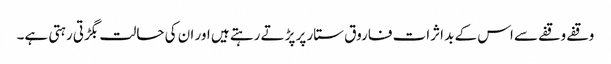
وقفے وقفے سے اس کے بد اثرات فاروق ستار پر پڑتے رہتے ہیں اور ان کی حالت بگڑتی رہتی ہے۔